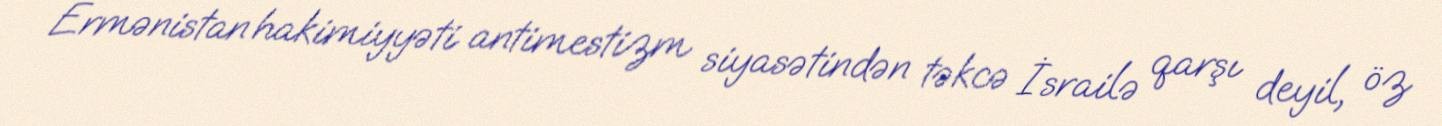
Ermənistan hakimiyyəti antimestizm siyasətindən təkcə İsrailə qarşı deyil, öz